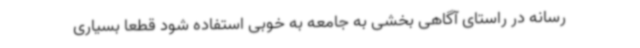
رسانه در راستای آگاهی بخشی به جامعه به خوبی استفاده شود قطعا بسیاری